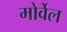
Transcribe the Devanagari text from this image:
मोर्वेल